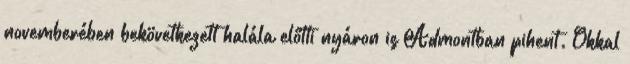
novemberében bekövetkezett halála előtti nyáron is Admontban pihent. Okkal